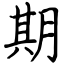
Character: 期